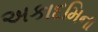
અકાદમિના